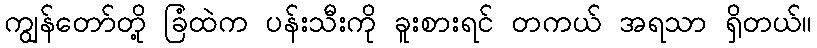
ကျွန်တော်တို့ ခြံထဲက ပန်းသီးကို ခူးစားရင် တကယ် အရသာ ရှိတယ်။